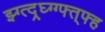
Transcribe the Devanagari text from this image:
झ्ग्त्द्र्घ्ग्ग्फ्त्फ्ह